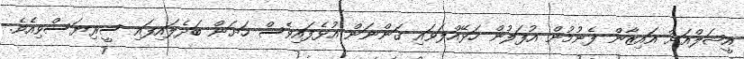
އީޝަލްއަށް އައިޒާން ފެނުމުން އުފަލުން ހަޅޭއްލަވައި ގަންނަން އުޅެފައިވެސް ހަށަން ބަދެލައިފައި ސީރިޔަސްވިއެވެ.